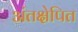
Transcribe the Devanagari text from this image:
अंतक्षेपित